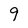
Character: 9